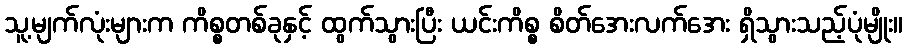
သူ့မျက်လုံးများက ကိစ္စတစ်ခုနှင့် ထွက်သွားပြီး ယင်းကိစ္စ စိတ်အေးလက်အေး ရှိသွားသည့်ပုံမျိုး။